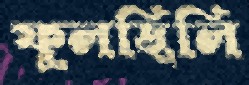
ফুলছিলি